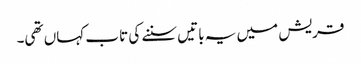
قریش میں یہ باتیں سننے کی تاب کہاں تھی۔